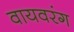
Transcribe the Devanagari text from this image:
वायवरंग